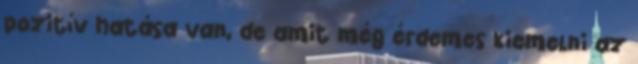
pozitív hatása van, de amit még érdemes kiemelni az